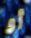
أو